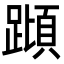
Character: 蹞